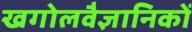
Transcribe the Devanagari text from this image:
खगोलवैज्ञानिकों